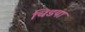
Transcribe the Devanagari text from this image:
चिडया